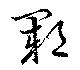
鄆